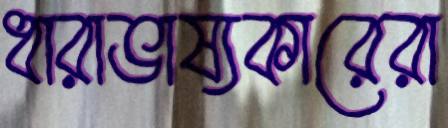
ধারাভাষ্যকারেরা